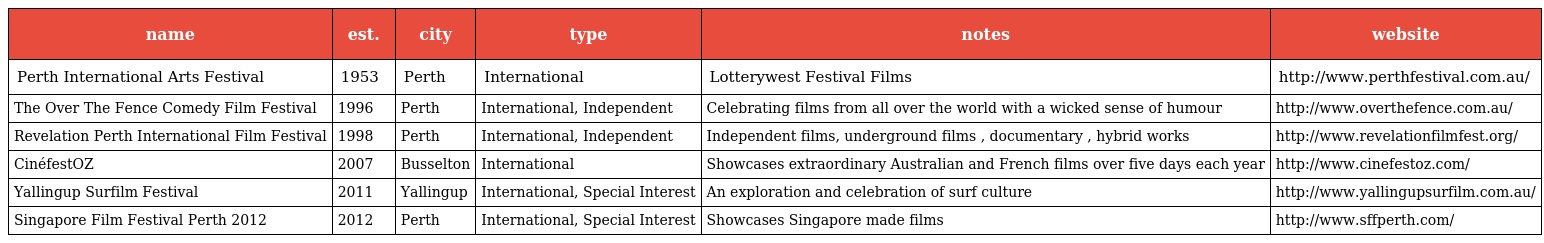
| name | est. | city | type | notes | website |
 | --- | --- | --- | --- | --- | --- |
 | Perth International Arts Festival | 1953 | Perth | International | Lotterywest Festival Films | http://www.perthfestival.com.au/ |
 | The Over The Fence Comedy Film Festival | 1996 | Perth | International, Independent | Celebrating films from all over the world with a wicked sense of humour | http://www.overthefence.com.au/ |
 | Revelation Perth International Film Festival | 1998 | Perth | International, Independent | Independent films, underground films , documentary , hybrid works | http://www.revelationfilmfest.org/ |
 | CinéfestOZ | 2007 | Busselton | International | Showcases extraordinary Australian and French films over five days each year | http://www.cinefestoz.com/ |
 | Yallingup Surfilm Festival | 2011 | Yallingup | International, Special Interest | An exploration and celebration of surf culture | http://www.yallingupsurfilm.com.au/ |
 | Singapore Film Festival Perth 2012 | 2012 | Perth | International, Special Interest | Showcases Singapore made films | http://www.sffperth.com/ |